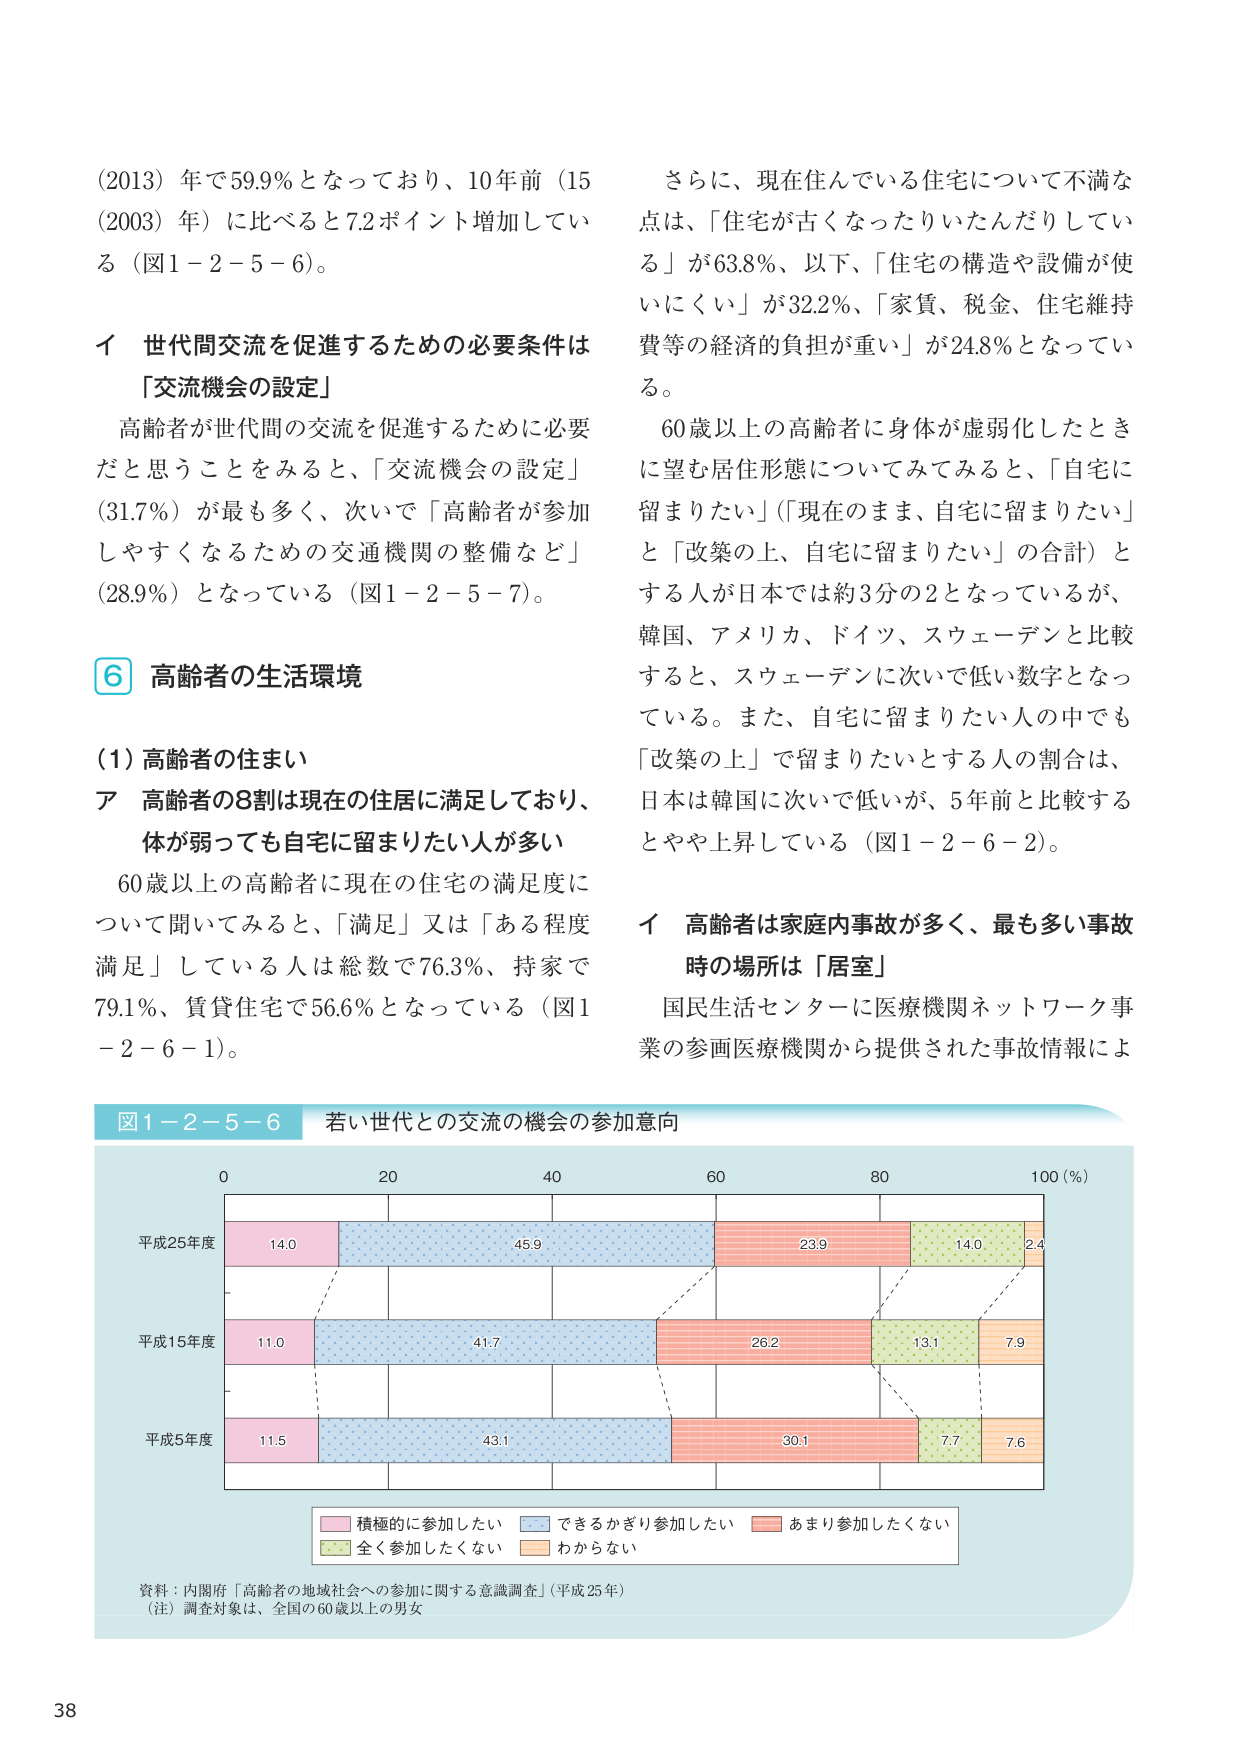
(2013) 年で59.9%となっており、10年前（15 (2003) 年）に比べると7.2ポイント増加してい る（図1－2－5－6）。

イ 世代間交流を促進するための必要条件は 「交流機会の設定」

高齢者が世代間の交流を促進するために必要 だと思うことをみると、「交流機会の設定」 (31.7%) が最も多く、次いで「高齢者が参加 しやすくなるための交通機関の整備など」 (28.9%) となっている（図1－2－5－7）。

⑥ 高齢者の生活環境

(1) 高齢者の住まい

ア 高齢者の8割は現在の住居に満足しており、 体が弱っても自宅に留まりたい人が多い

60歳以上の高齢者に現在の住宅の満足度に ついて聞いてみると、「満足」又は「ある程度 満足」している人は総数で76.3%、持家で 79.1%、賃貸住宅で56.6%となっている（図1 －2－6－1）。

さらに、現在住んでいる住宅について不満な 点は、「住宅が古くなったりいたんだりしてい る」が63.8%、以下、「住宅の構造や設備が使 いにくい」が32.2%、「家賃、税金、住宅維持 費等の経済的負担が重い」が24.8%となってい る。

60歳以上の高齢者に身体が虚弱化したとき に望む居住形態についてみてみると、「自宅に 留まりたい」（「現在のまま、自宅に留まりたい」 と「改築の上、自宅に留まりたい」の合計）と する人が日本では約3分の2となっているが、 韓国、アメリカ、ドイツ、スウェーデンと比較 すると、スウェーデンに次いで低い数字となっ ている。また、自宅に留まりたい人の中でも 「改築の上」で留まりたいとする人の割合は、 日本は韓国に次いで低いが、5年前と比較する とやや上昇している（図1－2－6－2）。

イ 高齢者は家庭内事故が多く、最も多い事故 時の場所は「居室」

国民生活センターに医療機関ネットワーク事 業の参画医療機関から提供された事故情報によ

図1－2－5－6 若い世代との交流の機会の参加意向

0 20 40 60 80 100 (%)

平成25年度 14.0 45.9 23.9 14.0 2.4

平成15年度 11.0 41.7 26.2 13.1 7.9

平成5年度 11.5 43.1 30.1 7.7 7.6

■ 積極的に参加したい ■ できるかぎり参加したい ■ あまり参加したくない ■ 全く参加したくない ■ わからない

資料：内閣府「高齢者の地域社会への参加に関する意識調査」（平成25年） （注）調査対象は、全国の60歳以上の男女

38